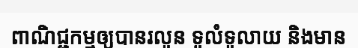
ពាណិជ្ជកម្មឲ្យបានរលូន ទូលំទូលាយ និងមាន